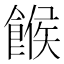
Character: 餱